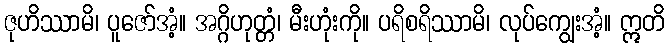
ဇုဟိဿာမိ၊ ပူဇော်အံ့။ အဂ္ဂိဟုတ္တံ၊ မီးဟုံးကို။ ပရိစရိဿာမိ၊ လုပ်ကျွေးအံ့။ ဣတိ